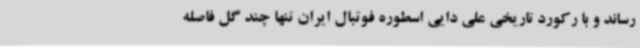
رساند و با رکورد تاریخی علی دایی اسطوره فوتبال ایران تنها چند گل فاصله